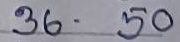
36 - 50